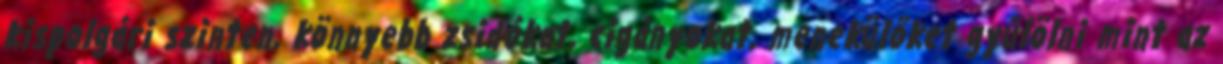
kispolgári szinten, könnyebb zsidókat, cigányokat, menekülőket gyűlölni mint az